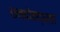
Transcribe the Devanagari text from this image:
छन्दोवद्धता